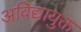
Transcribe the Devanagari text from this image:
अविद्यायुक्त